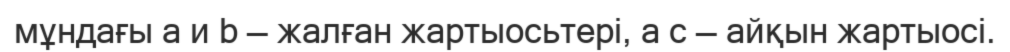
мұндағы a и b — жалған жартыосьтері, а c — айқын жартыосі.